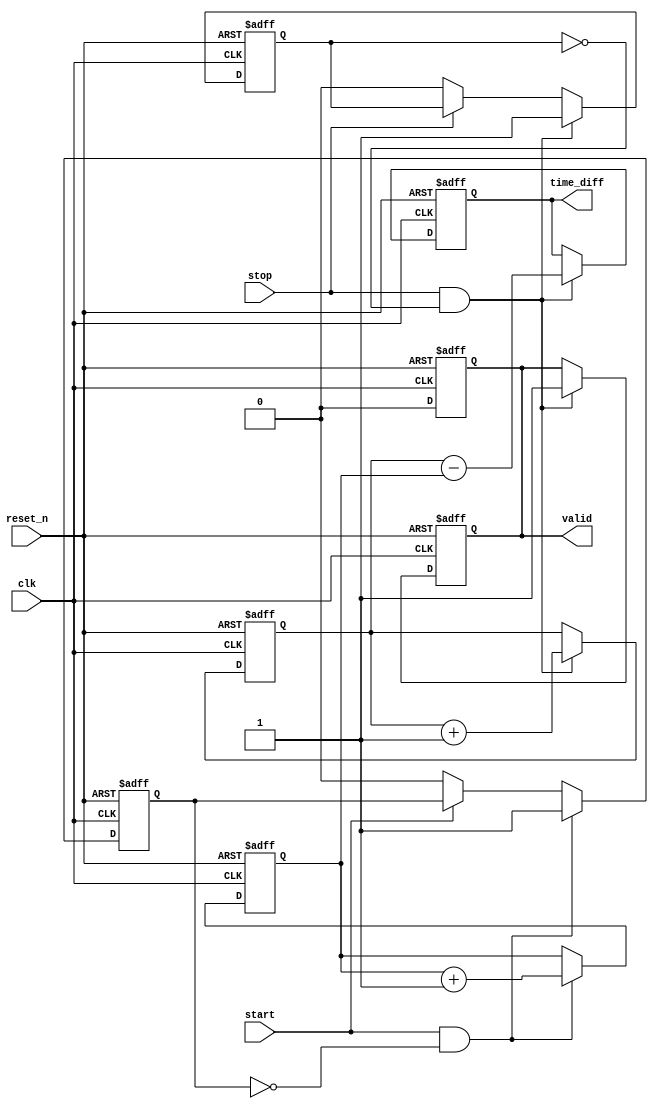
module TDC (
    input wire clk,          // Clock signal
    input wire reset_n,      // Active low reset
    input wire start,        // Start signal
    input wire stop,         // Stop signal
    output reg [31:0] time_diff, // Time difference output
    output reg valid         // Output valid signal
);

    reg [31:0] start_time;   // Register to store start timestamp
    reg [31:0] stop_time;    // Register to store stop timestamp
    reg start_detected;       // Flag to indicate start detection
    reg stop_detected;        // Flag to indicate stop detection

    // Sample the input signals on the rising edge of the clock
    always @(posedge clk or negedge reset_n) begin
        if (!reset_n) begin
            start_time <= 32'b0;
            stop_time <= 32'b0;
            time_diff <= 32'b0;
            valid <= 1'b0;
            start_detected <= 1'b0;
            stop_detected <= 1'b0;
        end else begin
            // Detect rising edge of the Start signal
            if (start && !start_detected) begin
                start_time <= start_time + 1; // Increment timestamp for each clock cycle
                start_detected <= 1'b1; // Set flag to indicate start event
            end else if (!start) begin
                start_detected <= 1'b0; // Clear flag on falling edge
            end

            // Detect rising edge of the Stop signal
            if (stop && !stop_detected) begin
                stop_time <= stop_time + 1; // Increment timestamp for each clock cycle
                stop_detected <= 1'b1; // Set flag to indicate stop event

                // Calculate time difference
                time_diff <= stop_time - start_time; // Compute the time difference
                valid <= 1'b1; // Set valid signal to indicate output is ready
            end else if (!stop) begin
                stop_detected <= 1'b0; // Clear flag on falling edge
            end
        end
    end

    // Control logic to reset output valid signal
    always @(posedge clk or negedge reset_n) begin
        if (!reset_n) begin
            valid <= 1'b0; // Reset valid signal
        end else if (valid) begin
            valid <= 1'b0; // Clear valid signal after reading
        end
    end

endmodule